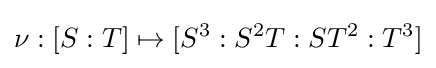
\nu :[S:T]\mapsto [S^{3}:S^{2}T:ST^{2}:T^{3}]